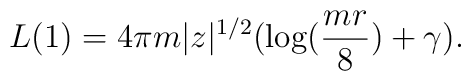
L(1) = 4\pi m |z|^{1/2} (\log ({mr \over 8}) + \gamma ).